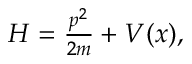
\begin{array} { r } { H = \frac { p ^ { 2 } } { 2 m } + V ( x ) , } \end{array}